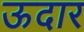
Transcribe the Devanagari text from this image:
ऊदार